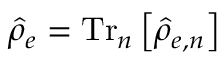
\hat { \rho } _ { e } = \mathrm { T r } _ { n } \left[ \hat { \rho } _ { e , n } \right]